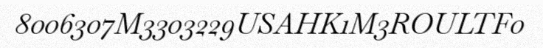
8006307M3303229USAHK1M3ROULTF0